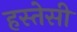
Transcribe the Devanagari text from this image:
हस्तेसी